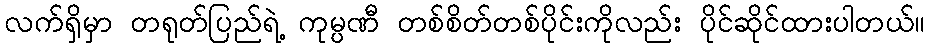
လက်ရှိမှာ တရုတ်ပြည်ရဲ့ ကုမ္ပဏီ တစ်စိတ်တစ်ပိုင်းကိုလည်း ပိုင်ဆိုင်ထားပါတယ်။